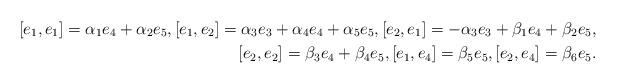
LaTeX: \begin{align*}[e_1, e_1]=\alpha_1e_4+ \alpha_2e_5, [e_1, e_2]=\alpha_3e_3+\alpha_4e_4+ \alpha_5e_5, [e_2, e_1]=-\alpha_3e_3+ \beta_1e_4+ \beta_2e_5, \\ [e_2, e_2]=\beta_3e_4+ \beta_4e_5, [e_1, e_4]=\beta_5e_5, [e_2, e_4]=\beta_6e_5.\end{align*}